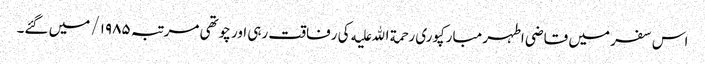
اس سفر میں قاضی اطہر مبارکپوری رحمة الله علیه کی رفاقت رہی اور چوتھی مرتبہ ۱۹۸۵/ میں گئے۔